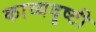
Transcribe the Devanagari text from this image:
काव्यदृष्टी